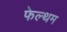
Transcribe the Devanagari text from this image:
फेल्थम